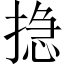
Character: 𢰽